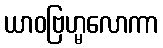
ယာဝဗြဟ္မလောကာ